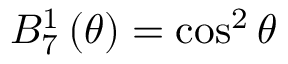
B _ { 7 } ^ { 1 } \left( \theta \right) = \cos ^ { 2 } \theta